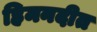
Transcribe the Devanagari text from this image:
हिमनदीत